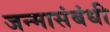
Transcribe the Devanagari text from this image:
जन्मासंबंधी